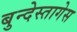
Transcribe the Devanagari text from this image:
बुन्देस्तागेस